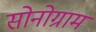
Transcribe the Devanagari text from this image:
सोनोग्राम